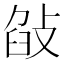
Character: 𢽣